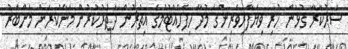
ސަރުކާރާ ގުޅުން ހުރި ވިޔަފާރިވެރިންގެ މުދާ ހިފެހެއްޓުމުގެ އިތުރުން ދަތުރުކުރުން މަނާކުރަން މެންބަރު